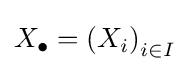
X_{\bullet }=\left(X_{i}\right)_{i\in I}